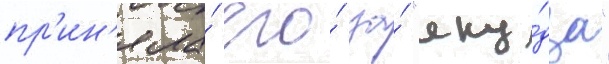
пр'ин'яла́ его́ за́ "яку́дза"